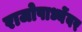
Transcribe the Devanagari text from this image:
राजोपाध्येंवर